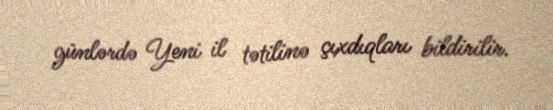
günlərdə Yeni il tətilinə çıxdıqları bildirilir.